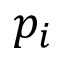
p _ { i }